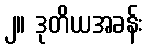
၂။ ဒုတိယအခန်း